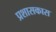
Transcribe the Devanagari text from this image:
प्रशासकास